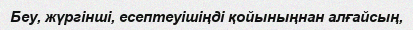
Беу, жүргінші, есептеуішіңді қойыныңнан алғайсың,